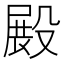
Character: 𣪵